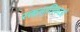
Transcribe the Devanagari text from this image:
रक्तनालिकाओं